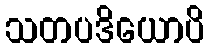
သတပဒိယောပိ